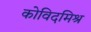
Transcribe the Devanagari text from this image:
कोविदमिश्र